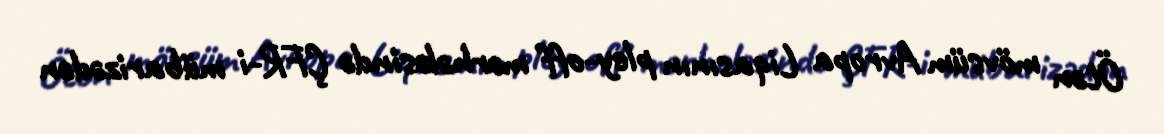
Ötən mövsüm Avropa Liqasının pley-off mərhələsində ÇFR-i mübarizədən